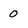
Character: O